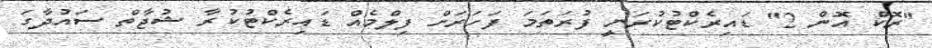
''ރޮކް އޮން 2'' ޑައިރެކްޓުކުރަނީ ފުރަތަމަ ފަހަރަށް ފިލްމެއް ޑައިރެކްޓުކުރާ ޝުޖާތް ސައުދާގަ